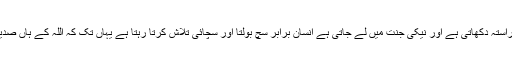
سچائی نیکی کا راستہ دکھاتی ہے اور نیکی جنت میں لے جاتی ہے انسان برابر سچ بولتا اور سچائی تلاش کرتا رہتا ہے یہاں تک کہ اللہ کے ہاں صدیق لکھا جاتا ہے۔